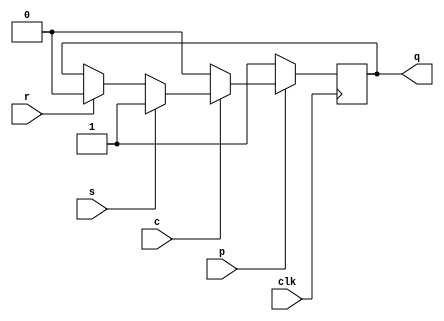
module sync_SR_latch(clk, s, r, p, c, q);

// Assigning ports as inputs/outputs
input clk, s, r, p, c;
output reg q;

// Initializing registers
initial
	q = 1'b0;

// SR action
always @(posedge clk)
begin
	if (~p)
		q <= 1'b1;
	else if (~c)
		q <= 1'b0;
	else if (s)
		q <= 1'b1;
	else if (r)
		q <= 1'b0;
end

endmodule